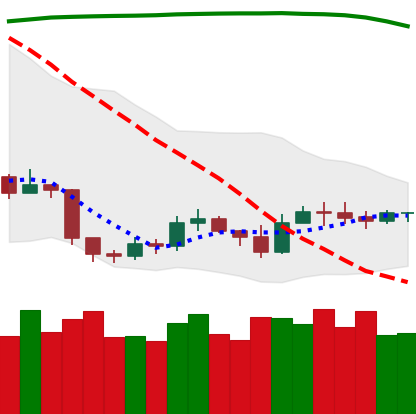
Ticker: ETH-USD
Chart end date: 2019-09-13
Forward return: 16.721%
Label: up_7plus